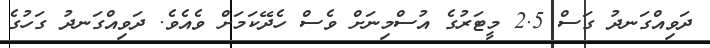
ދަވިއްގަނދު ގަސް 2.5 މީޓަރުގެ އުސްމިނަށް ވެސް ހެދޭކަމަށް ވެއެވެ. ދަވިއްގަނދު ގަހުގެ